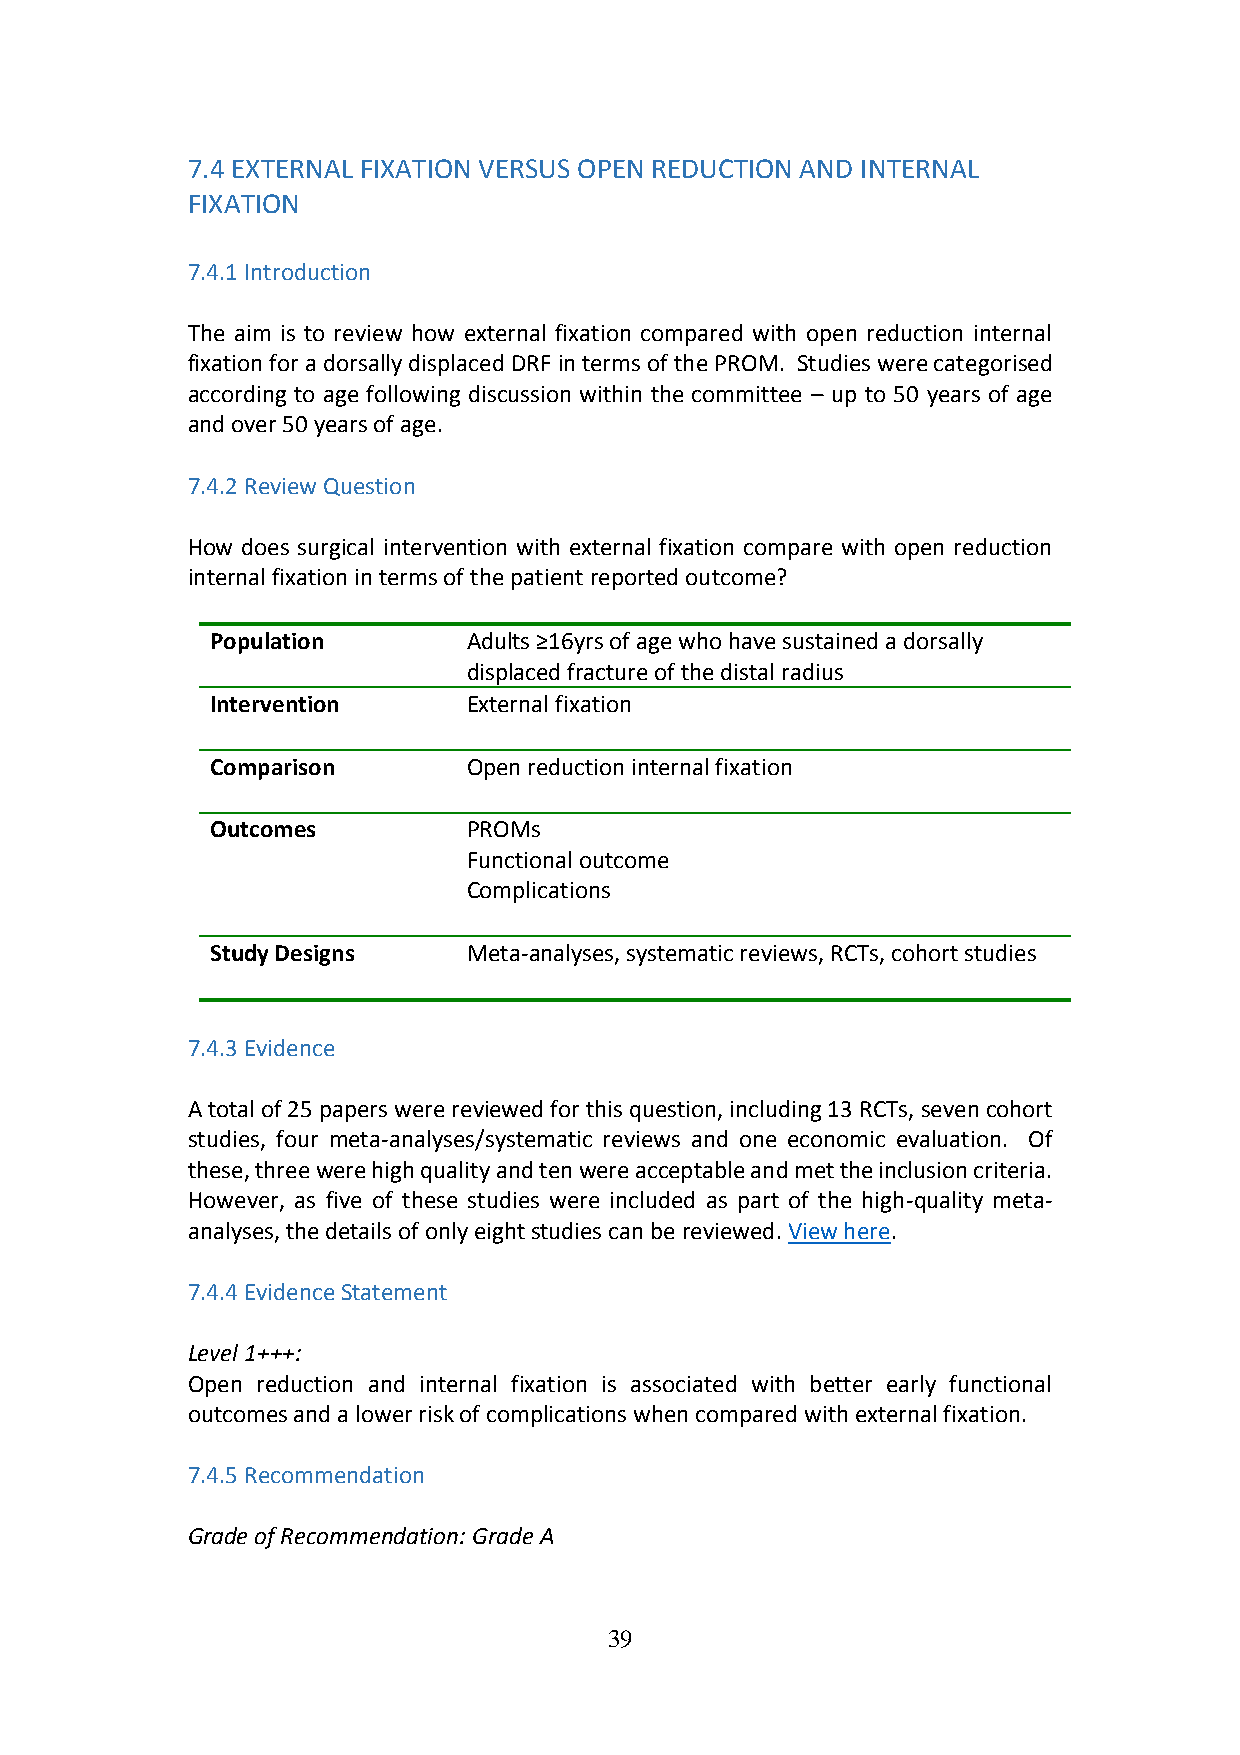
7.4 EXTERNAL FIXATION VERSUS OPEN REDUCTION AND INTERNAL
 FIXATION
 7.4.1 Introduction
 The aim is to review how external fixation compared with open reduction internal
 fixation for a dorsally displaced DRF in terms of the PROM. Studies were categorised
 according to age following discussion within the committee – up to 50 years of age
 and over 50 years of age.
 7.4.2 Review Question
 How does surgical intervention with external fixation compare with open reduction
 internal fixation in terms of the patient reported outcome?
 Population       Adults ≥16yrs of age who have sustained a dorsally
 displaced fracture of the distal radius
 Intervention     External fixation
 Comparison       Open reduction internal fixation
 Outcomes         PROMs
 Functional outcome
 Complications
 Study Designs    Meta-analyses, systematic reviews, RCTs, cohort studies
 7.4.3 Evidence
 A total of 25 papers were reviewed for this question, including 13 RCTs, seven cohort
 studies, four meta-analyses/systematic reviews and one economic evaluation. Of
 these, three were high quality and ten were acceptable and met the inclusion criteria.
 However, as five of these studies were included as part of the high-quality meta-
 analyses, the details of only eight studies can be reviewed. View here.
 7.4.4 Evidence Statement
 Level 1+++:
 Open reduction and internal fixation is associated with better early functional
 outcomes and a lower risk of complications when compared with external fixation.
 7.4.5 Recommendation
 Grade of Recommendation: Grade A
 39